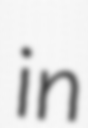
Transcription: in